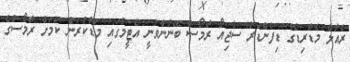
ރެއާލް މެޑްރިޑްގެ ޑިފެންޑަރު ސާޖިއޯ ރާމޯސް ބޭނުންވަނީ އެޓީމުގައި މަޑުކުރަން ކަމަށް ރާމޯސްގެ